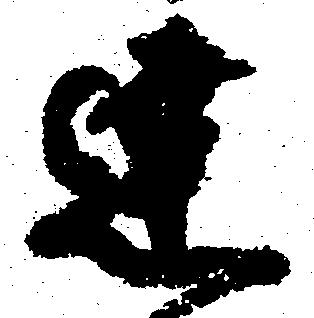
達